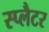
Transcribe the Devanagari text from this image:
स्प्लैटर